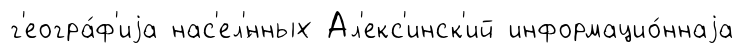
г'еогра́ф'иjа нас'ел'́нных Ал'екс'инск'ий информацио́ннаjа